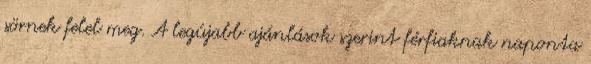
sörnek felel meg. A legújabb ajánlások szerint férfiaknak naponta